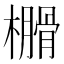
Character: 𣝗